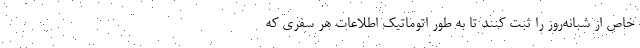
خاص از شبانه‌روز را ثبت کنند تا به طور اتوماتیک اطلاعات هر سفری که